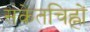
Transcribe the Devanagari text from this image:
संकेतचिह्नों